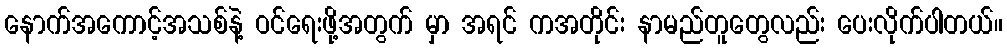
နောက်အကောင့်အသစ်နဲ့ ဝင်ရေးဖို့အတွက် မှာ အရင် ကအတိုင်း နာမည်တူတွေလည်း ပေးလိုက်ပါတယ်။